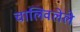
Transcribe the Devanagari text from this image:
चालिवलेले